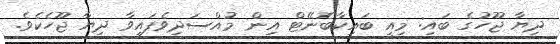
ދިޔާ ޖޫހުގެ ބައި: މިއީ ބައިކާބޮނޭޓް އިން މުއްސަދިވެފައިވާ ދިޔާ ޖޫހެކެވެ.